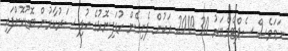
ނަމަވެސް ސެޕްޓެމްބަރު 30 2009 އަކުން ފެށިގެން ކުޑަފިނޮޅުގެ ކުލި ސަރުކާރުން ބޮޑުކޮށްފައި